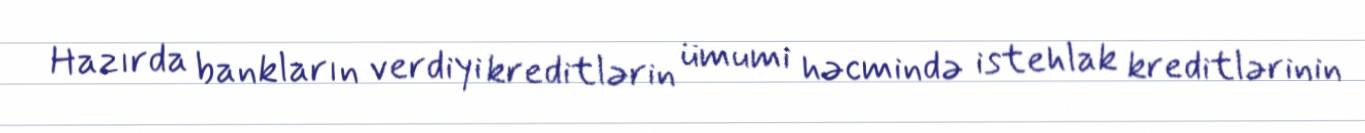
Hazırda bankların verdiyi kreditlərin ümumi həcmində istehlak kreditlərinin